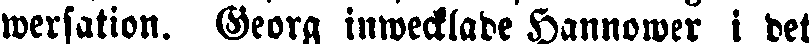
wersation. Georg inwecklade Hannower i det